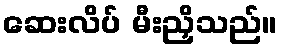
ဆေးလိပ် မီးညှိသည်။